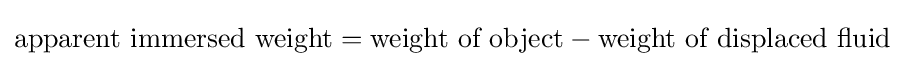
{\text{apparent immersed weight}}={\text{weight of object}}-{\text{weight of displaced fluid}}